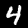
Digit: 4